Medical and sanitary report of the native army of Bengal for the year
Year: 1877
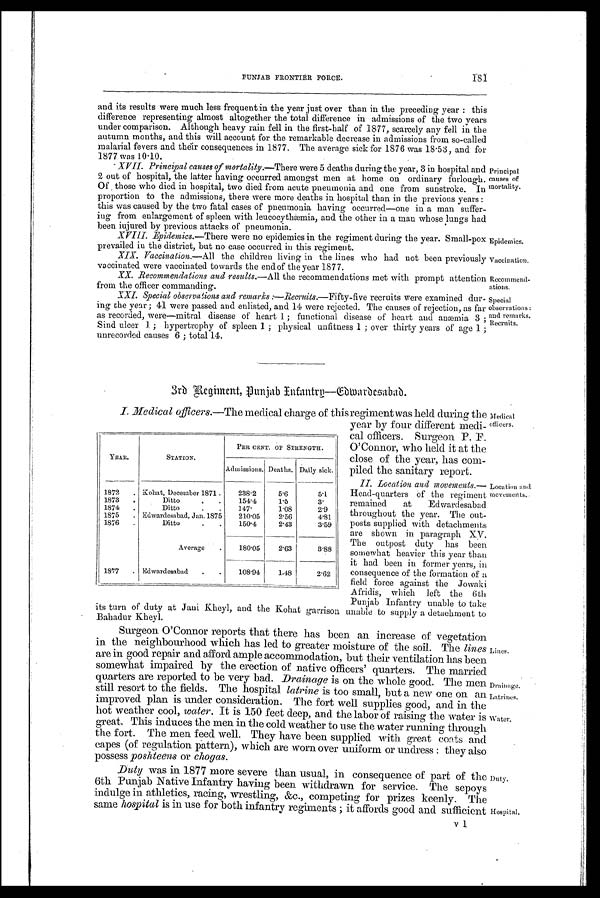
Drainage.
Latrines.
Water.
Medical
officers.
Location and.
movements.
181
PUNJAB FRONTIER FORCE.
and its results were much less frequent in the year just over than in the preceding year: this
difference representing almost altogether the total difference in admissions of the two years
under comparison. Although heavy rain fell in the first-half of 1877, scarcely any fell in the
autumn months, and this will account for the remarkable decrease in admissions from so-called
malarial fevers and their consequences in 1877. The average sick for 1876 was 18.58, and for
1877 was 10.10.
XVII. Principal causes of mortality.—There were 5 deaths during the year, 3 in hospital and
2 out of hospital, the latter having occurred amongst men at home on ordinary furlough.
Of those who died in hospital, two died from acute pneumonia and one from sunstroke. In
proportion to the admissions, there were more deaths in hospital than in the previous years:
this was caused by the two fatal cases of pneumonia having occurred—one in a man suffer-
ing from enlargement of spleen with leucocythæmia, and the other in a man whose lungs had
been injured by previous attacks of pneumonia.
XVIII. Epidemics.—There were no epidemics in the regiment during the year. Small-pox
prevailed in the district, but no case occurred in this regiment.
XIX. Vaccination.— All the children living in the lines who had not been previously
vaccinated were vaccinated towards the end of the year 1877.
XX. Recommendations and results.— All the recommendations met with prompt attention
from the officer commanding.
XXI. Special observaions and remarks :—Recrnits.—Fifty-five recruits were examined dur-
ing the year; 41 were passed and enlisted, and 14 were rejected. The causes of rejection, as far
as recorded, were—mitral disease of heart 1; functional disease of heart and anæmia 3;
Sind ulcer 1; hypertrophy of spleen 1; physical unfitness 1; over thirty years of age 1;
unrecorded causes 6; total 14.
Principal
causes of
mortality.
Epidemics.
Vaccination.
Recommend-
ations.
Special
observations
and remarks.
Recruits.
3rd Regiment, Punjab Infantry—Cdwardesabad.
I. Medical officers.--The medical charge of this regiment was held during the
year by four different medi-
cal officers. Surgeon P. F.
O'Connor, who held it at the
close of the year, has com-
piled the sanitary report.
II. Location and movements.—
Head-quarters of the regiment
remained at Edwardesabad
throughout the year. The out-
- posts supplied with detachments
are shown in paragraph XV.
The outpost duty has been
somewhat heavier this year than
it had been in former years, in
consequence of the formation of a
field force against the Jowaki
Afridis, which left the 6th
Punjab Infantry unable to take
its turn of duty at Jani Kheyl, and the Kohat garrison unable to supply a detachment to
Bahadur Kheyl.
Surgeon O'Connor reports that there has been an increase of vegetation
in the neighbourhood which has led to greater moisture of the soil. The lines
are in good repair and afford ample accommodation, but their ventilation has been
somewhat impaired by the erection of native officers' quarters. The married
quarters are reported to be very bad. Drainage is on the whole good. The men
still resort to the fields. The hospital latrine is too small, but a new one on an
improved plan is under consideration. The fort well supplies good, and in the
hot weather cool, water. It is 150 feet deep, and the labor of raising the water is
great. This induces the men in the cold weather to use the water running through
the fort. The men feed well. They have been supplied with great coats and
capes (of regulation pattern), which are worn over uniform or undress: they also
possess poshteens or chogas.
Duty was in 1877 more severe than usual, in consequence of part of the
6th Punjab Native Infantry having been withdrawn for service. The sepoys
indulge in athletics, racing, wrestling, &c., competing for prizes keenly. The
same hospital is in use for both infantry regiments; it affords good and sufficient
YEAR.
STATION.
PER CENT. OF STRENGTH.
Admissions. Deaths. Daily sick.
1872
. Kohat, December 1871 .
238.2
5.6
5.1
1873
.
Ditto
.
.
154.4
1.5
3.
1874
.
Ditto
.
.
147.
1.08
2.9
1875
. Edwardesabad, Jan. 1875
210.05
2.56
4.81
1876
.
Ditto
.
.
150.4
2.43
3.59
Average
.
180.05
2.63
3.88
1877
. Edwardesabad
.
.
108.94
1.48
2.62
Lines.
Duty.
Hospital.
v 1